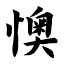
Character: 懊